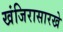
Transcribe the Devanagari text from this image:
खंजिरासारखे